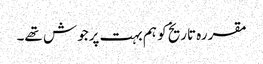
مقررہ تاریخ کو ہم بہت پرجوش تھے۔